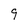
Character: 9